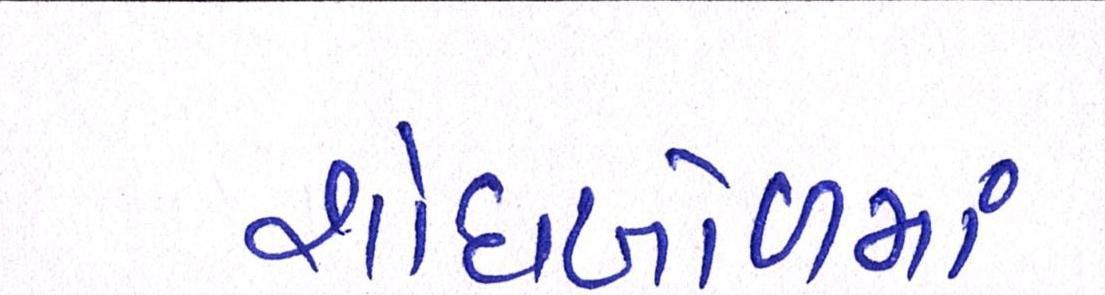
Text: શોધખોળમાં